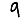
Digit: 9